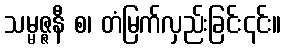
သမ္မဇ္ဇနီ စ၊ တံမြက်လှည်းခြင်း၎င်း။